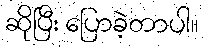
ဆိုပြီး ပြောခဲ့တာပါ။